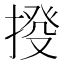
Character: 𢯸